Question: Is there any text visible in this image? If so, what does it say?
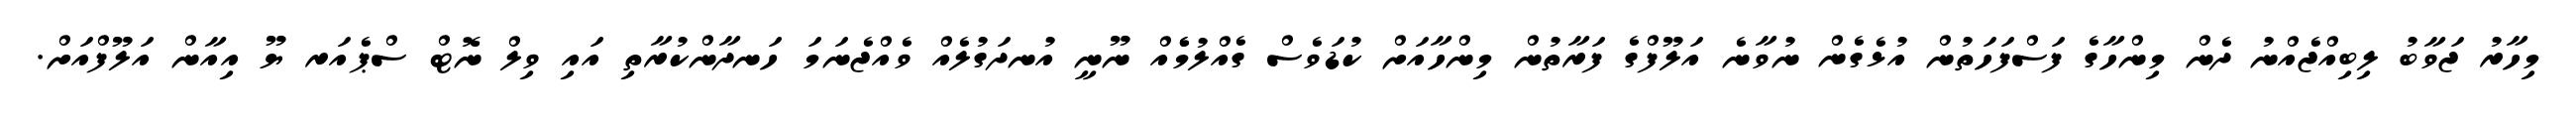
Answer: މިހާރު ޖަވާބު ލިބިއްޖެއްނު ދެން މިންހާގެ ފަސްފަހަތުން އުޅެގެން ނުވާނެ އަލޫފްގެ ފަރާތުން މިންހާއަށް ކުޑަވެސް ގެއްލުމެެއް ނޫނީ އުނދަގުލެއް ވެއްޖެނަމަ ހަނދާންކުރާތި އައި ވިލް ނޮޓް ސްޕެއަރ ޔޫ އިއާން އަލޫފްއަށް.